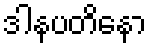
ဒါနပတိနော